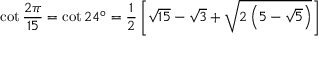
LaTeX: \cot { \frac { 2 \pi } { 1 5 } } = \cot 2 4 ^ { \circ } = { \frac { 1 } { 2 } } \left[ { \sqrt { 1 5 } } - { \sqrt { 3 } } + { \sqrt { 2 \left( 5 - { \sqrt { 5 } } \right) } } \right]